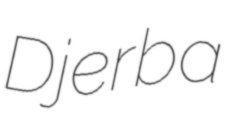
Djerba